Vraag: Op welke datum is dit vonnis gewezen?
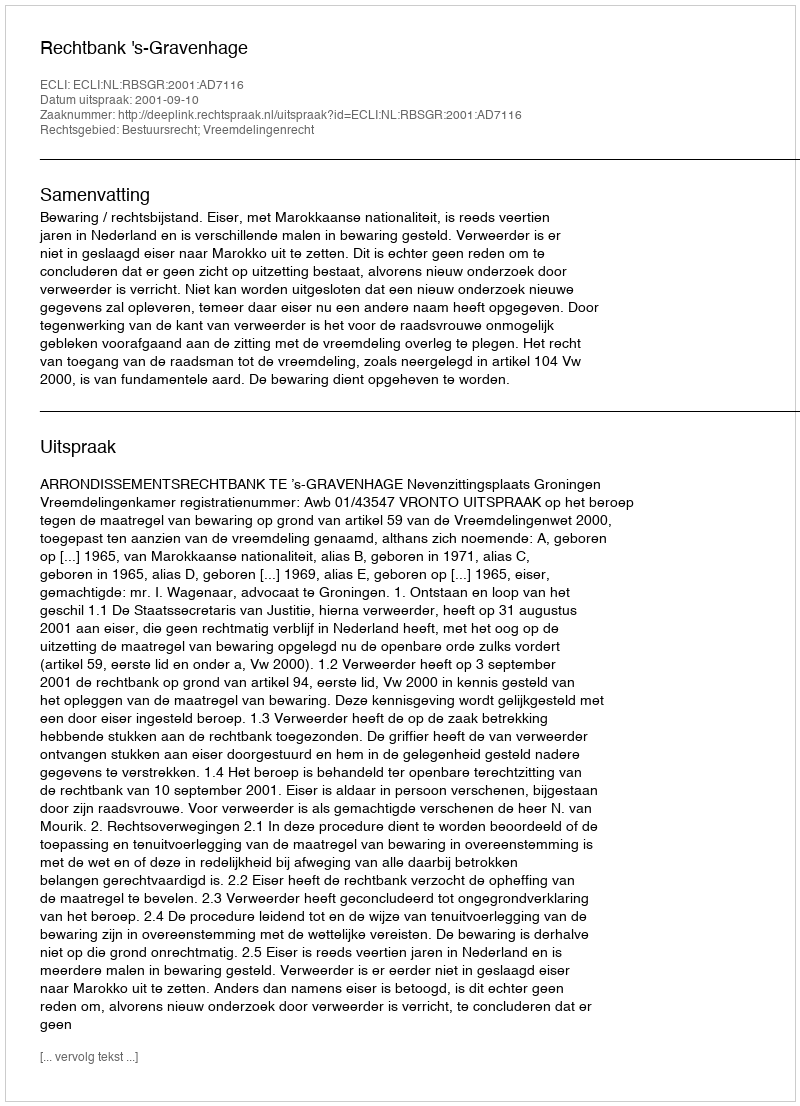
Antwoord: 2001-09-10